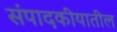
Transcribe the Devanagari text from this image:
संपादकीयातील